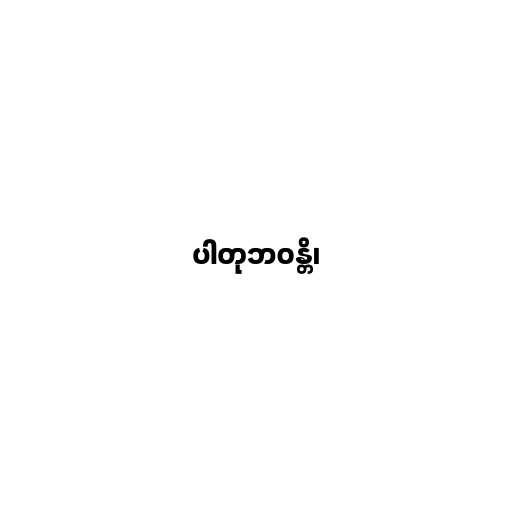
ပါတုဘဝန္တိ၊